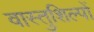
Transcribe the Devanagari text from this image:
वास्तुशिल्पों